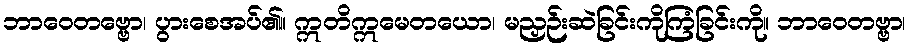
ဘာဝေတဗ္ဗော၊ ပွားစေအပ်၏။ ဣတိဣမေတယော၊ မညှဉ်းဆဲခြင်းကိုကြံခြင်းကို။ ဘာဝေတဗ္ဗာ၊